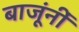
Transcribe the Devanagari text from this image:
बाजूंनीं